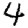
Digit: 4